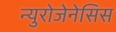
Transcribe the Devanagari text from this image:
न्युरोजेनेसिस